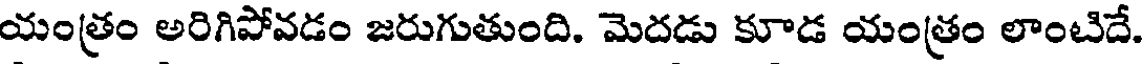
యంత్రం అరిగిపోవడం జరుగుతుంది. మెదడు కూడ యంత్రం లాంటిదే.